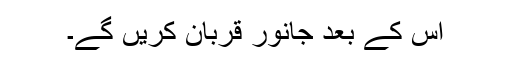
اس کے بعد جانور قربان کریں گے۔